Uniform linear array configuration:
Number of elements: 24
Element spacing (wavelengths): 0.5
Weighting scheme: hamming
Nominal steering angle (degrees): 45
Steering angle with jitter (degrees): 43.283
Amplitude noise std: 0.05
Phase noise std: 0.05

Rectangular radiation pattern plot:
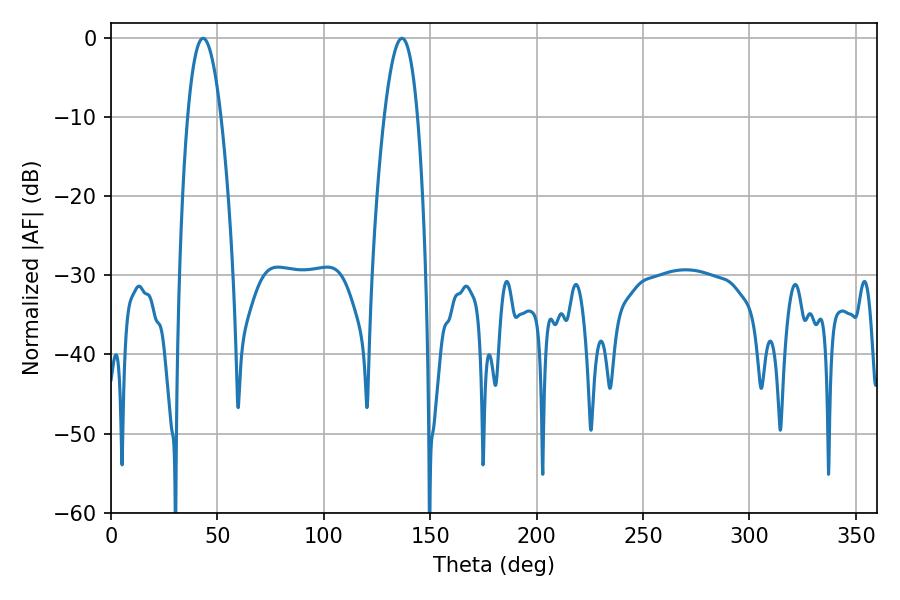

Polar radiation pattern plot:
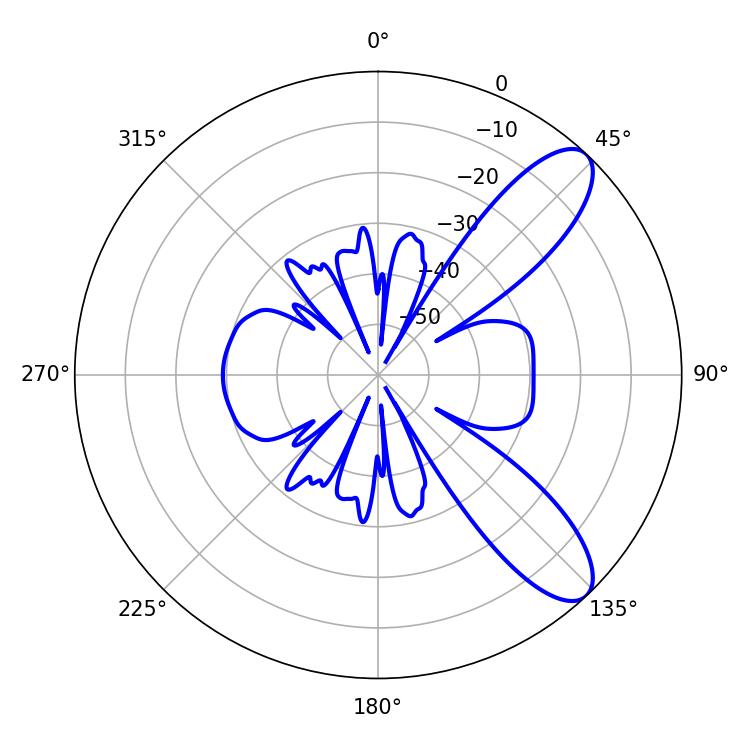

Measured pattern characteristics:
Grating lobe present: FALSE
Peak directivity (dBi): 9.535
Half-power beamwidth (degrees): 8.64
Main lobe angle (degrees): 43.2